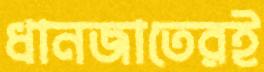
ধানজাতেরই